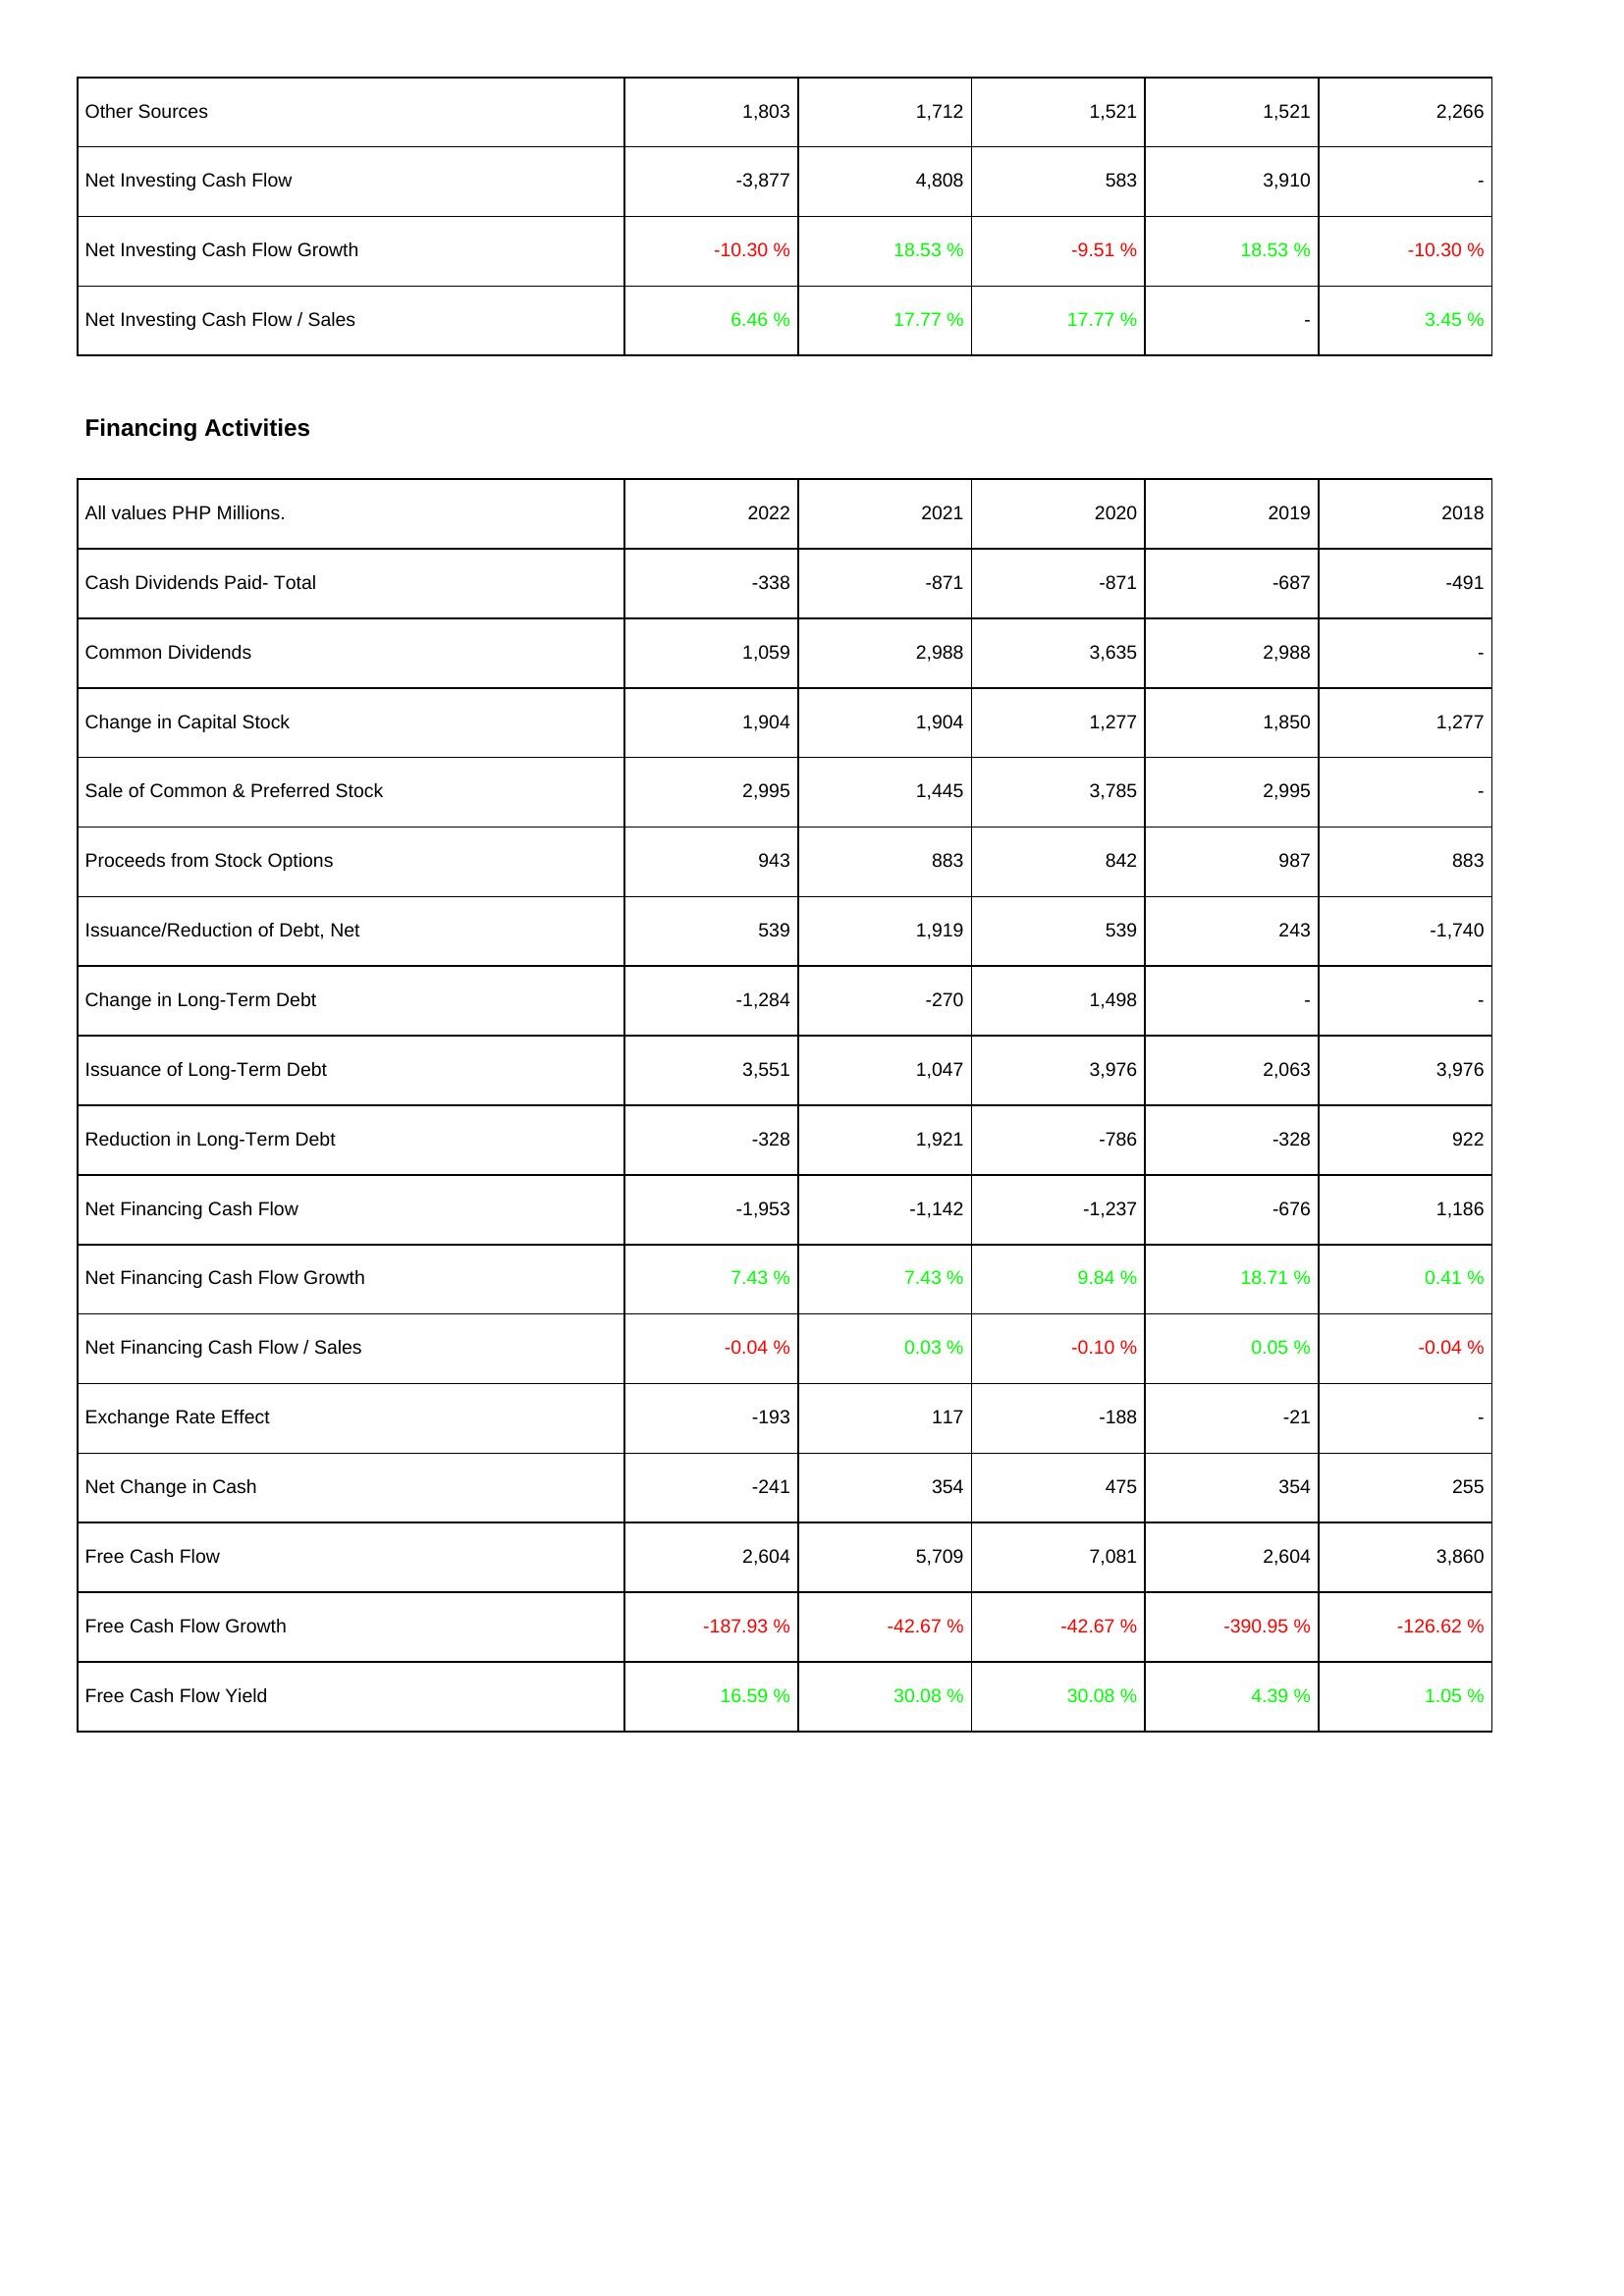
2022: Investing Activities: Other Sources: 1,803
Net Investing Cash Flow: -3,877
Net Investing Cash Flow Growth: -10.30 %
Net Investing Cash Flow / Sales: 6.46 %
Financing Activities: Cash Dividends Paid- Total: -338
Common Dividends: 1,059
Change in Capital Stock: 1,904
Sale of Common & Preferred Stock: 2,995
Proceeds from Stock Options: 943
Issuance/Reduction of Debt, Net: 539
Change in Long-Term Debt: -1,284
Issuance of Long-Term Debt: 3,551
Reduction in Long-Term Debt: -328
Net Financing Cash Flow: -1,953
Net Financing Cash Flow Growth: 7.43 %
Net Financing Cash Flow / Sales: -0.04 %
Exchange Rate Effect: -193
Net Change in Cash: -241
Free Cash Flow: 2,604
Free Cash Flow Growth: -187.93 %
Free Cash Flow Yield: 16.59 %
2021: Investing Activities: Other Sources: 1,712
Net Investing Cash Flow: 4,808
Net Investing Cash Flow Growth: 18.53 %
Net Investing Cash Flow / Sales: 17.77 %
Financing Activities: Cash Dividends Paid- Total: -871
Common Dividends: 2,988
Change in Capital Stock: 1,904
Sale of Common & Preferred Stock: 1,445
Proceeds from Stock Options: 883
Issuance/Reduction of Debt, Net: 1,919
Change in Long-Term Debt: -270
Issuance of Long-Term Debt: 1,047
Reduction in Long-Term Debt: 1,921
Net Financing Cash Flow: -1,142
Net Financing Cash Flow Growth: 7.43 %
Net Financing Cash Flow / Sales: 0.03 %
Exchange Rate Effect: 117
Net Change in Cash: 354
Free Cash Flow: 5,709
Free Cash Flow Growth: -42.67 %
Free Cash Flow Yield: 30.08 %
2020: Investing Activities: Other Sources: 1,521
Net Investing Cash Flow: 583
Net Investing Cash Flow Growth: -9.51 %
Net Investing Cash Flow / Sales: 17.77 %
Financing Activities: Cash Dividends Paid- Total: -871
Common Dividends: 3,635
Change in Capital Stock: 1,277
Sale of Common & Preferred Stock: 3,785
Proceeds from Stock Options: 842
Issuance/Reduction of Debt, Net: 539
Change in Long-Term Debt: 1,498
Issuance of Long-Term Debt: 3,976
Reduction in Long-Term Debt: -786
Net Financing Cash Flow: -1,237
Net Financing Cash Flow Growth: 9.84 %
Net Financing Cash Flow / Sales: -0.10 %
Exchange Rate Effect: -188
Net Change in Cash: 475
Free Cash Flow: 7,081
Free Cash Flow Growth: -42.67 %
Free Cash Flow Yield: 30.08 %
2019: Investing Activities: Other Sources: 1,521
Net Investing Cash Flow: 3,910
Net Investing Cash Flow Growth: 18.53 %
Net Investing Cash Flow / Sales: -
Financing Activities: Cash Dividends Paid- Total: -687
Common Dividends: 2,988
Change in Capital Stock: 1,850
Sale of Common & Preferred Stock: 2,995
Proceeds from Stock Options: 987
Issuance/Reduction of Debt, Net: 243
Change in Long-Term Debt: -
Issuance of Long-Term Debt: 2,063
Reduction in Long-Term Debt: -328
Net Financing Cash Flow: -676
Net Financing Cash Flow Growth: 18.71 %
Net Financing Cash Flow / Sales: 0.05 %
Exchange Rate Effect: -21
Net Change in Cash: 354
Free Cash Flow: 2,604
Free Cash Flow Growth: -390.95 %
Free Cash Flow Yield: 4.39 %
2018: Investing Activities: Other Sources: 2,266
Net Investing Cash Flow: -
Net Investing Cash Flow Growth: -10.30 %
Net Investing Cash Flow / Sales: 3.45 %
Financing Activities: Cash Dividends Paid- Total: -491
Common Dividends: -
Change in Capital Stock: 1,277
Sale of Common & Preferred Stock: -
Proceeds from Stock Options: 883
Issuance/Reduction of Debt, Net: -1,740
Change in Long-Term Debt: -
Issuance of Long-Term Debt: 3,976
Reduction in Long-Term Debt: 922
Net Financing Cash Flow: 1,186
Net Financing Cash Flow Growth: 0.41 %
Net Financing Cash Flow / Sales: -0.04 %
Exchange Rate Effect: -
Net Change in Cash: 255
Free Cash Flow: 3,860
Free Cash Flow Growth: -126.62 %
Free Cash Flow Yield: 1.05 %